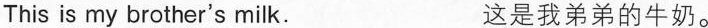
This is my brother's milk. 这是我弟弟的牛奶。